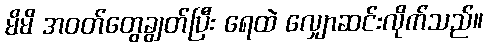
မိမိ အဝတ်တွေချွတ်ပြီး ရေထဲ လျှောဆင်းလိုက်သည်။